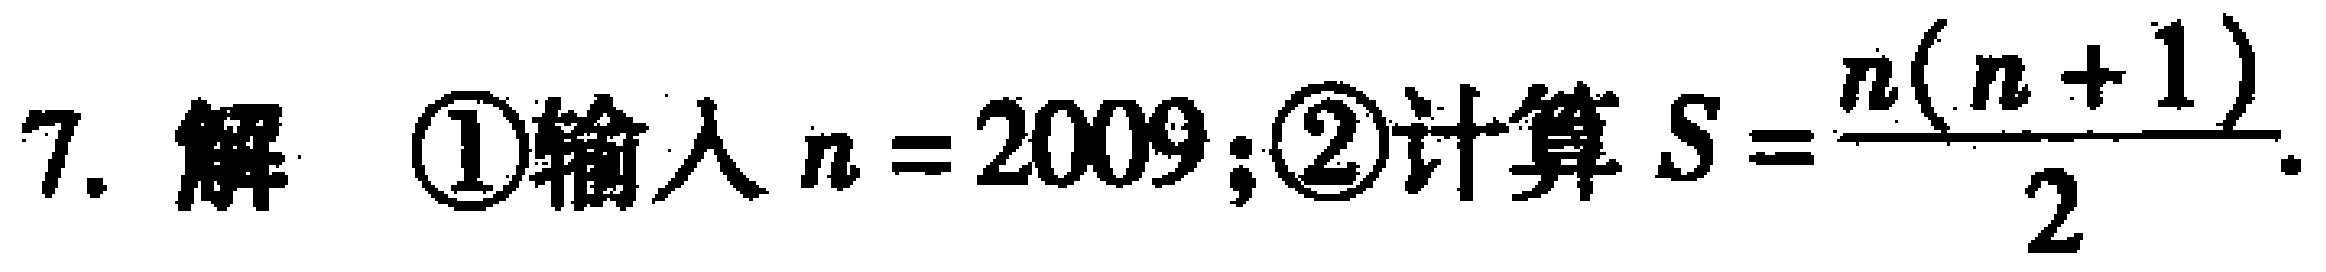
7. 解 \textcircled{1}输入 \(n = 2009\); \textcircled{2}计算 \(S=\frac{n(n + 1)}{2}\).